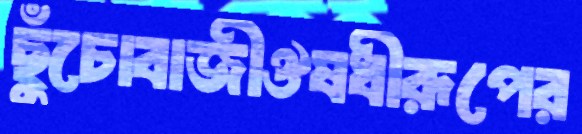
ছুঁচোবাজীঔষধীরূপের